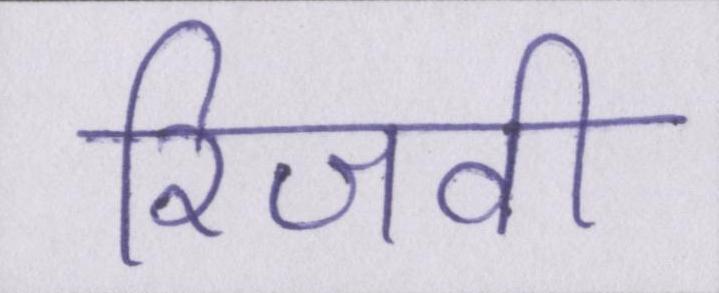
रिजवी